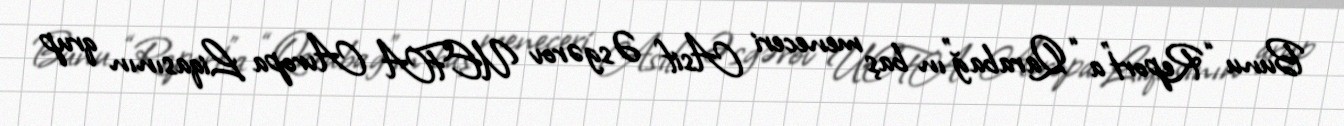
Bunu “Report”a “Qarabağ”ın baş meneceri Asif Əsgərov UEFA Avropa Liqasının qrup